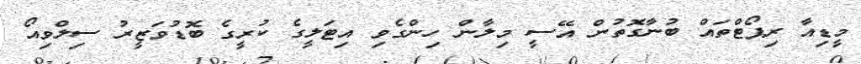
މީޑިއާ ރިޕޯޓްތައް ބުނާގޮތުން އޭސީ މިލާން ހިންގެވި އިޓަލީގެ ކުރީގެ ބޮޑުވަޒީރު ސިލްވިއޯ